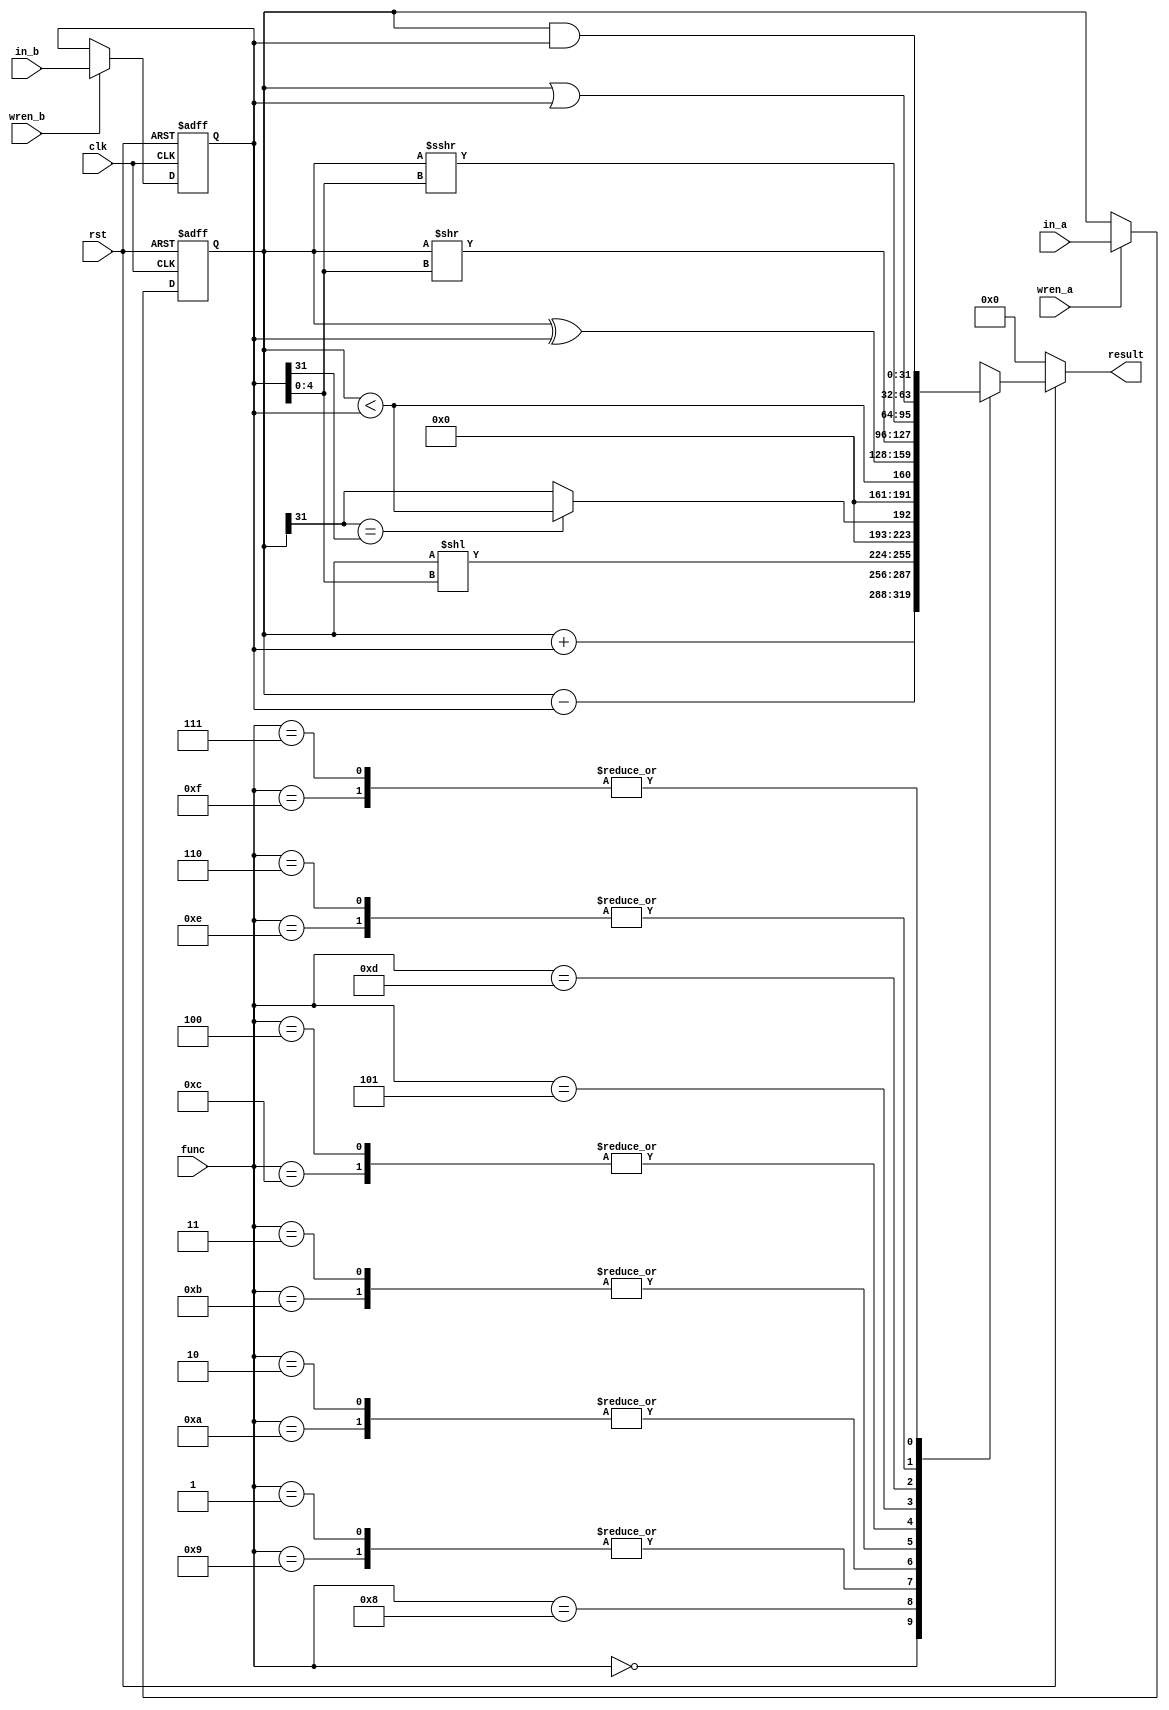
module alu(clk, rst, in_a, in_b, wren_a, wren_b, func, result);

	input clk, rst, wren_a, wren_b;
	input [31:0] in_a, in_b;
	input [3:0] func;
	output reg [31:0] result;
	
	reg [31:0] a, b;
	
	always @(posedge clk or negedge rst) begin
		
		if (rst == 1'b0) begin
		
			a <= 0;
			b <= 0;
			
		end else begin
		
			if (wren_a == 1'b1)
				a <= in_a;
			if (wren_b == 1'b1)
				b <= in_b;
				
		end
		
	end

	always @(*) begin
	
		if (rst == 1'b0)
			result = 0;
		else begin
		
			case (func)
				// Add
				4'b0000: result = a + b;
				
				// Sub
				4'b1000: result = a - b;
				
				// Shift logical left
				4'b0001,
				4'b1001: result = a << b[4:0];
				
				// Less than signed
				4'b0010,
				4'b1010: if (a[31] == b[31])
								result = a < b;
							else
								result = a[31];
				
				// Less than unsigned
				4'b0011,
				4'b1011: result = a < b;
				
				// XOR
				4'b0100,
				4'b1100: result = a ^ b;
				
				// Shift right logical (fill 0's)
				4'b0101: result = a >> b[4:0];
				
				// Shift right arithmetic (1's)
				4'b1101: result = a >>> b[4:0];
				
				// OR
				4'b0110,
				4'b1110: result = a | b;
				
				// AND
				4'b0111,
				4'b1111: result = a & b;
				
				default: result = 0;
			endcase
		
		end
	
	end

endmodule